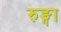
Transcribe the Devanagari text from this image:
रुङ्गा